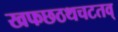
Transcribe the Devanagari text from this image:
खफछठथचटतव्